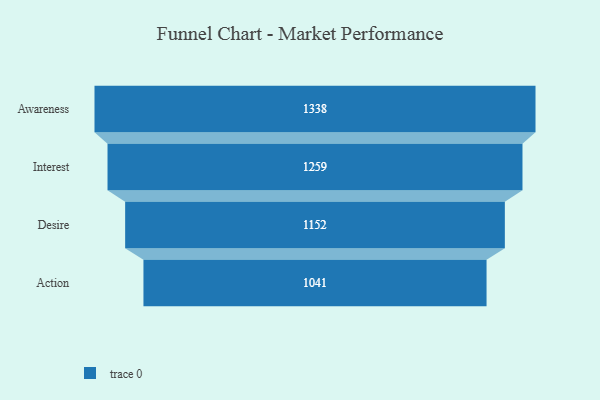
{"axis": {"x": "Stage", "y": "Value"}, "legend": [""], "data": [{"x": "Awareness", "y": 1338.0, "type": ""}, {"x": "Interest", "y": 1259.0, "type": ""}, {"x": "Desire", "y": 1152.0, "type": ""}, {"x": "Action", "y": 1041.0, "type": ""}]}